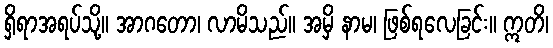
ရှိရာအရပ်သို့။ အာဂတော၊ လာမိသည်။ အမှိ နာမ၊ ဖြစ်ရလေခြင်း။ ဣတိ၊